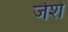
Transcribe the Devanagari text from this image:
जेशे